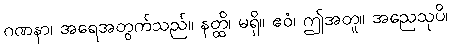
ဂဏနာ၊ အရေအတွက်သည်။ နတ္ထိ၊ မရှိ။ ဧဝံ၊ ဤအတူ။ အညေသုပိ၊